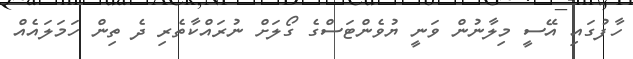
ހާފުގައި އޭސީ މިލާނުން ވަނީ ޔުވެންޓަސްގެ ގޯލަށް ނުރައްކާތެރި ދެ ތިން ހަމަލައެއް